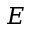
E